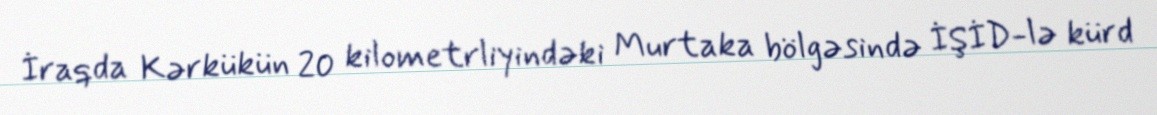
İraqda Kərkükün 20 kilometrliyindəki Murtaka bölgəsində İŞİD-lə kürd